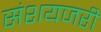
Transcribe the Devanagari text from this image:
संशयजरी